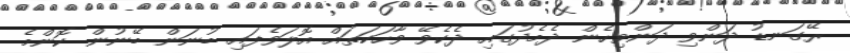
ރޭގަނޑު ދަންވި ދަންވިހެން ދެމެދުގައި ދެކެވޭ ވާހަކަތައް އޮލަވެފައި ބުނަން ބޭނުން ކޮންމެ